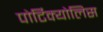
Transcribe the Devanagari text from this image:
पोर्टिक्योलिस